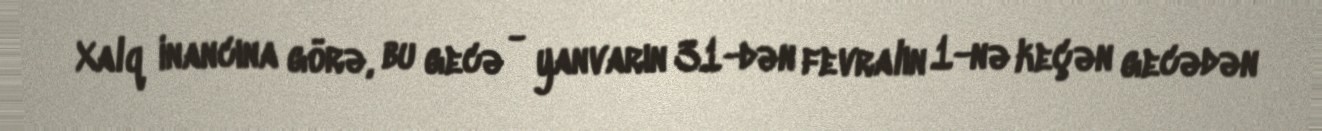
Xalq inancına görə, bu gecə - yanvarın 31-dən fevralın 1-nə keçən gecədən